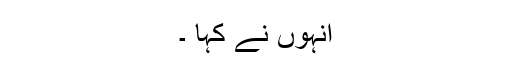
انہوں نے کہا ۔